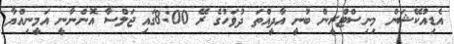
އެޑިއުކޭޝަން މިނިސްޓްރީން ބުނީ އާދީއްތަ ދުވަހުގެ ރޭ 8:00ގައި ޖަލްސާ އޮންނާނީ އަމީނިއްޔާ